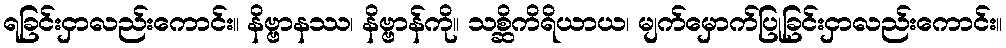
ရခြင်းငှာလည်းကောင်း။ နိဗ္ဗာနဿ၊ နိဗ္ဗာန်ကို။ သစ္ဆိကိရိယာယ၊ မျက်မှောက်ပြုခြင်းငှာလည်းကောင်း။